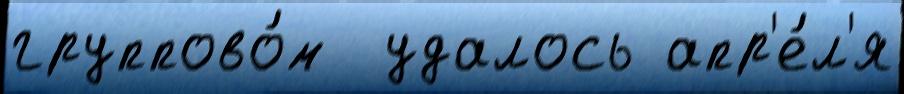
группово́м  удалось апр'е́л'я